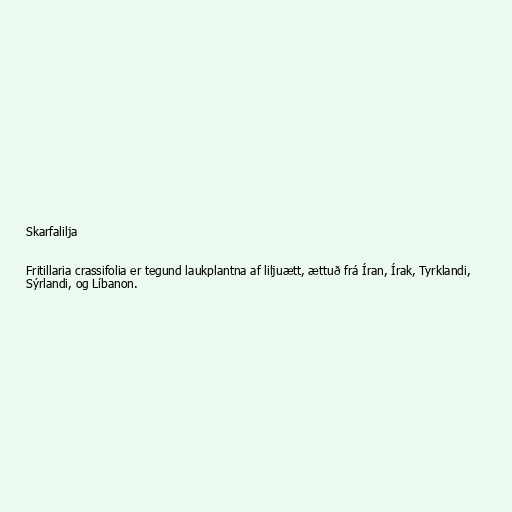
Skarfalilja

Fritillaria crassifolia er tegund laukplantna af liljuætt, ættuð frá Íran, Írak, Tyrklandi,
Sýrlandi, og Líbanon.